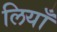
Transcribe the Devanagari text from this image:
लियाँ